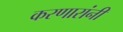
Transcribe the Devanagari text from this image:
करणारांनी